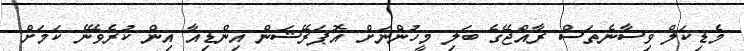
މެޑިކަލް ވިސާނެތަސް ރާއްޖޭގެ ބަލި މީހުންނަށް އޮޕަރޭޝަން އިންޑިއާ އިން ކުރެވޭނެ ކަމަށް